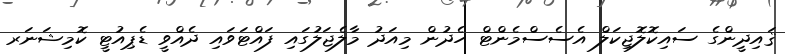
ޤައިދީންގެ ސައިކޮލޮޖިކަލް އެސެސްމެންޓް ހެދުން މިއަދު މާލެޖަލުގައި ފައްޓަވައި ދެއްވީ ޑެޕިއުޓީ ކޮމިޝަނަރ